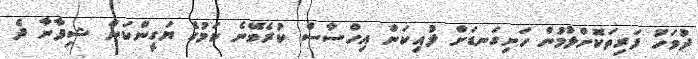
ދުވަހު ފަރިތަކޮށްލުމުން ހަށިގަނޑަށް ލުއިކަން އިހްސާސް ކުރެވޭނެ ކަމުގެ ޔަގީންކަން ޝިފާނާ ދެ